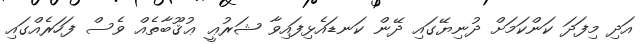
އަދި މިފަދަ ކަންކަމަށް ދުނިޔޭގައި ދޭން ކަނޑައެޅިފައިވާ ޝަރުޢީ ޢުޤޫބާތެއް ވެސް ފަހަރެއްގައި